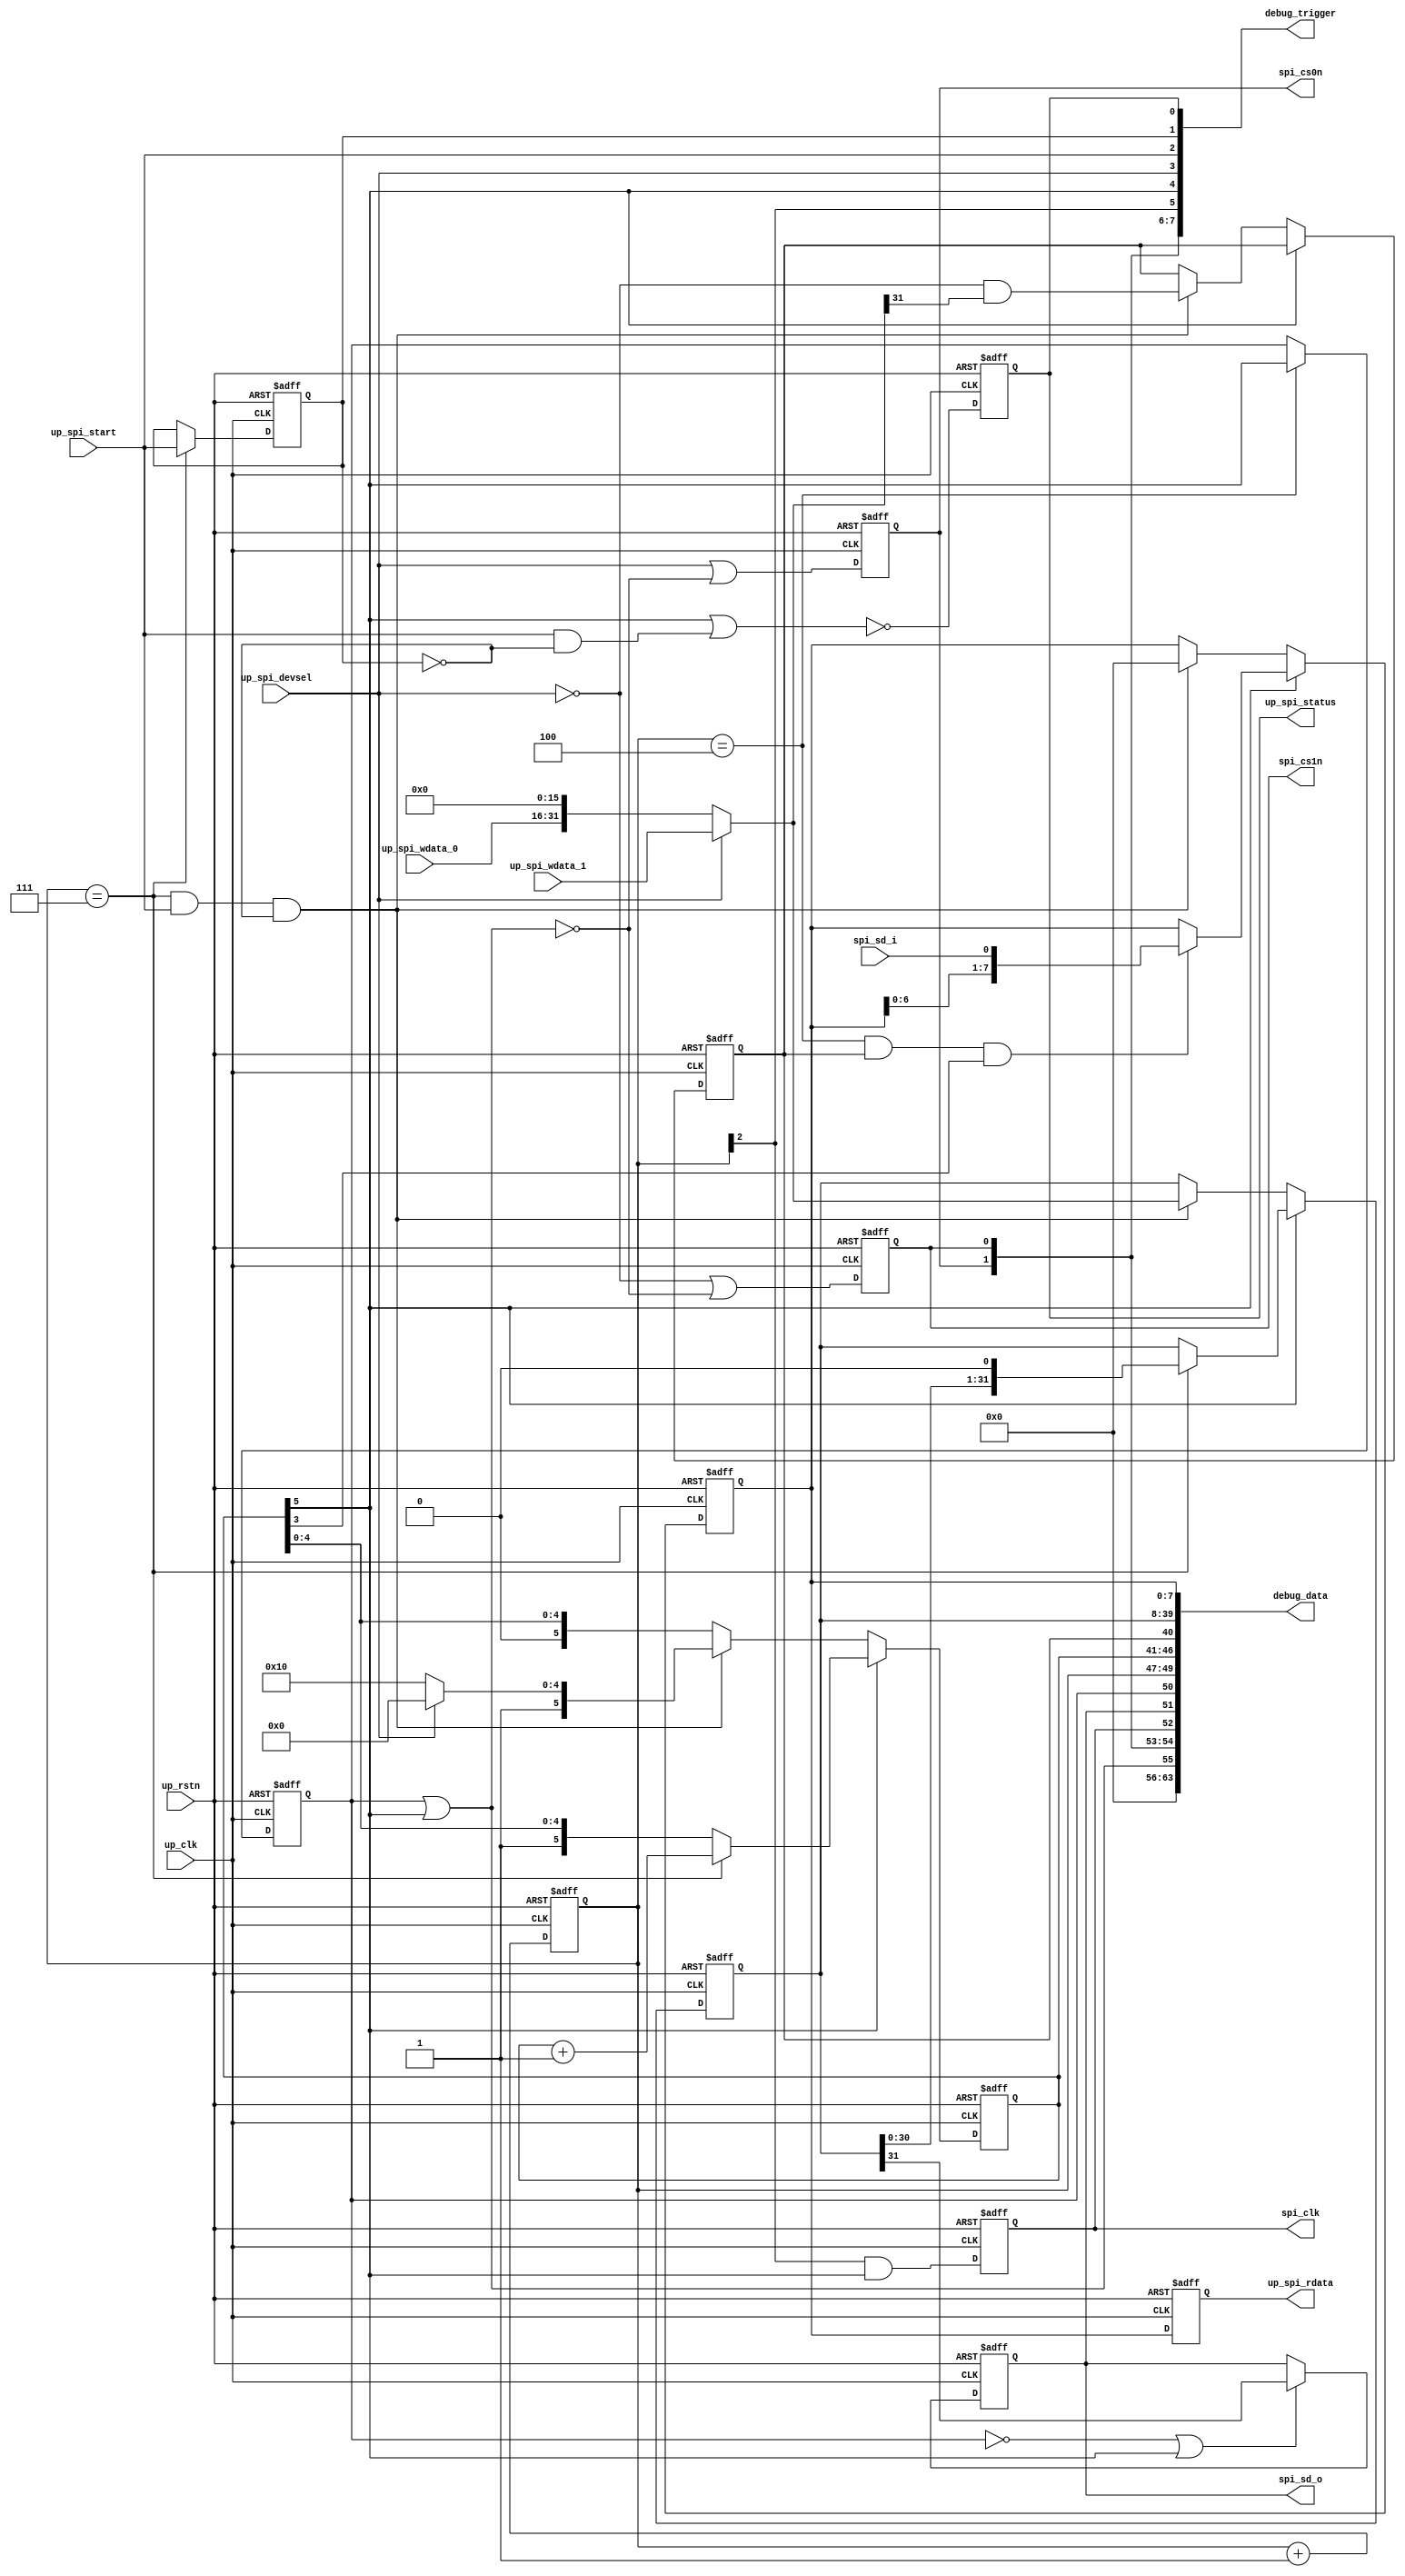
module cf_spi (

  spi_cs0n,
  spi_cs1n,
  spi_clk,
  spi_sd_o,
  spi_sd_i,

  up_rstn,
  up_clk,
  up_spi_start,
  up_spi_devsel,
  up_spi_wdata_1,
  up_spi_wdata_0,
  up_spi_rdata,
  up_spi_status,

  debug_trigger,
  debug_data);

  output          spi_cs0n;
  output          spi_cs1n;
  output          spi_clk;
  output          spi_sd_o;
  input           spi_sd_i;

  input           up_rstn;
  input           up_clk;
  input           up_spi_start;
  input           up_spi_devsel;
  input   [31:0]  up_spi_wdata_1;
  input   [15:0]  up_spi_wdata_0;
  output  [ 7:0]  up_spi_rdata;
  output          up_spi_status;

  output  [ 7:0]  debug_trigger;
  output  [63:0]  debug_data;

  reg             spi_cs0n = 'd0;
  reg             spi_cs1n = 'd0;
  reg             spi_clk = 'd0;
  reg             spi_sd_o = 'd0;
  reg             spi_count_5_d = 'd0;
  reg     [ 2:0]  spi_clk_count = 'd0;
  reg     [ 5:0]  spi_count = 'd0;
  reg             spi_rwn = 'd0;
  reg     [31:0]  spi_data_out = 'd0;
  reg     [ 7:0]  spi_data_in = 'd0;
  reg             up_spi_start_d = 'd0;
  reg             up_spi_status = 'd0;
  reg     [ 7:0]  up_spi_rdata = 'd0;

  wire            spi_cs_en_s;
  wire    [31:0]  up_spi_wdata_s;

  assign debug_trigger[7] = spi_cs0n;
  assign debug_trigger[6] = spi_cs1n;
  assign debug_trigger[5] = spi_clk_count[2];
  assign debug_trigger[4] = spi_count[5];
  assign debug_trigger[3] = up_spi_devsel;
  assign debug_trigger[2] = up_spi_start;
  assign debug_trigger[1] = up_spi_start_d;
  assign debug_trigger[0] = up_spi_status;

  assign debug_data[63:56] = 'd0;
  assign debug_data[55:55] = spi_cs_en_s;
  assign debug_data[54:54] = spi_cs0n;
  assign debug_data[53:53] = spi_cs1n;
  assign debug_data[52:52] = spi_clk;
  assign debug_data[51:51] = spi_sd_o;
  assign debug_data[50:50] = spi_count_5_d;
  assign debug_data[49:47] = spi_clk_count;
  assign debug_data[46:41] = spi_count;
  assign debug_data[40:40] = spi_rwn;
  assign debug_data[39: 8] = spi_data_out;
  assign debug_data[ 7: 0] = spi_data_in;

  assign spi_cs_en_s = spi_count_5_d | spi_count[5];
  assign up_spi_wdata_s = (up_spi_devsel == 1) ? up_spi_wdata_1 : {up_spi_wdata_0, 16'd0};

  always @(negedge up_rstn or posedge up_clk) begin
    if (up_rstn == 0) begin
      spi_cs0n <= 'd1;
      spi_cs1n <= 'd1;
      spi_clk <= 'd0;
      spi_sd_o <= 'd0;
      spi_count_5_d <= 'd0;
      spi_clk_count <= 'd0;
      spi_count <= 'd0;
      spi_rwn <= 'd0;
      spi_data_out <= 'd0;
      spi_data_in <= 'd0;
      up_spi_start_d <= 'd0;
      up_spi_status <= 'd0;
      up_spi_rdata <= 'd0;
    end else begin
      spi_cs0n <= up_spi_devsel | (~spi_cs_en_s);
      spi_cs1n <= (~up_spi_devsel) | (~spi_cs_en_s);
      spi_clk <= spi_clk_count[2] & spi_count[5];
      if ((spi_count_5_d == 1'b0) || (spi_count[5] == 1'b1)) begin
        spi_sd_o <= spi_data_out[31];
      end
      if (spi_clk_count == 3'b100) begin
        spi_count_5_d <= spi_count[5];
      end
      spi_clk_count <= spi_clk_count + 1'b1;
      if (spi_count[5] == 1'b1) begin
        if (spi_clk_count == 3'b111) begin
          spi_count <= spi_count + 1'b1;
        end
        spi_rwn <= spi_rwn;
        if (spi_clk_count == 3'b111) begin
          spi_data_out <= {spi_data_out[30:0], 1'b0};
        end
        if ((spi_clk_count == 3'b100) && (spi_rwn == 1'b1) && (spi_count[3] == 1'b1)) begin
          spi_data_in <= {spi_data_in[6:0], spi_sd_i};
        end
      end else if ((spi_clk_count == 3'b111) && (up_spi_start == 1'b1) &&
        (up_spi_start_d == 1'b0)) begin
        spi_count <= (up_spi_devsel == 1'b1) ? 6'h20 : 6'h30;
        spi_rwn <= (~up_spi_devsel) & up_spi_wdata_s[31];
        spi_data_out <= up_spi_wdata_s;
        spi_data_in <= 8'd0;
      end
      if (spi_clk_count == 3'b111) begin
        up_spi_start_d <= up_spi_start;
      end
      up_spi_status <= ~(spi_count[5] | (up_spi_start & ~up_spi_start_d));
      up_spi_rdata <= spi_data_in;
    end
  end

endmodule